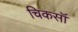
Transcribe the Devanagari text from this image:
चिकसॉ